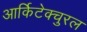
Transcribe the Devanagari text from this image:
आर्किटेक्चुरल